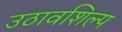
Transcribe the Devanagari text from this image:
उठावशिल्प